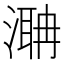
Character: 𣼚